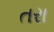
તરા